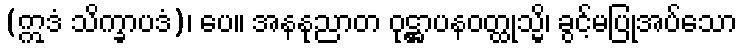
(ဣဒံ သိက္ခာပဒံ)၊ ပေ။ အနနုညာတ ဝုဋ္ဌာပနဝတ္ထုသ္မိ၊ ခွင့်မပြုအပ်သော